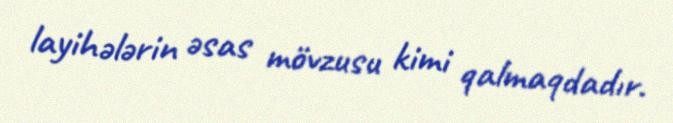
layihələrin əsas mövzusu kimi qalmaqdadır.